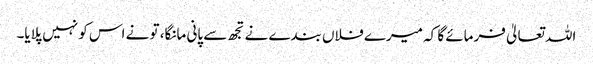
اللہ تعالیٰ فرمائے گا کہ میرے فلاں بندے نے تجھ سے پانی مانگا، تو نے اس کو نہیں پلایا۔